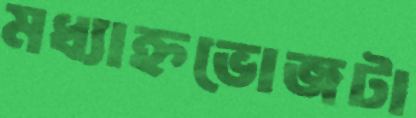
মধ্যাহ্নভোজটা